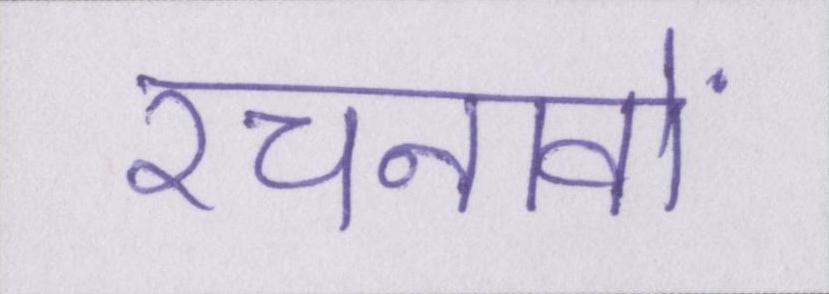
रचनावों